Tartu_linnavalitsus, lk 87
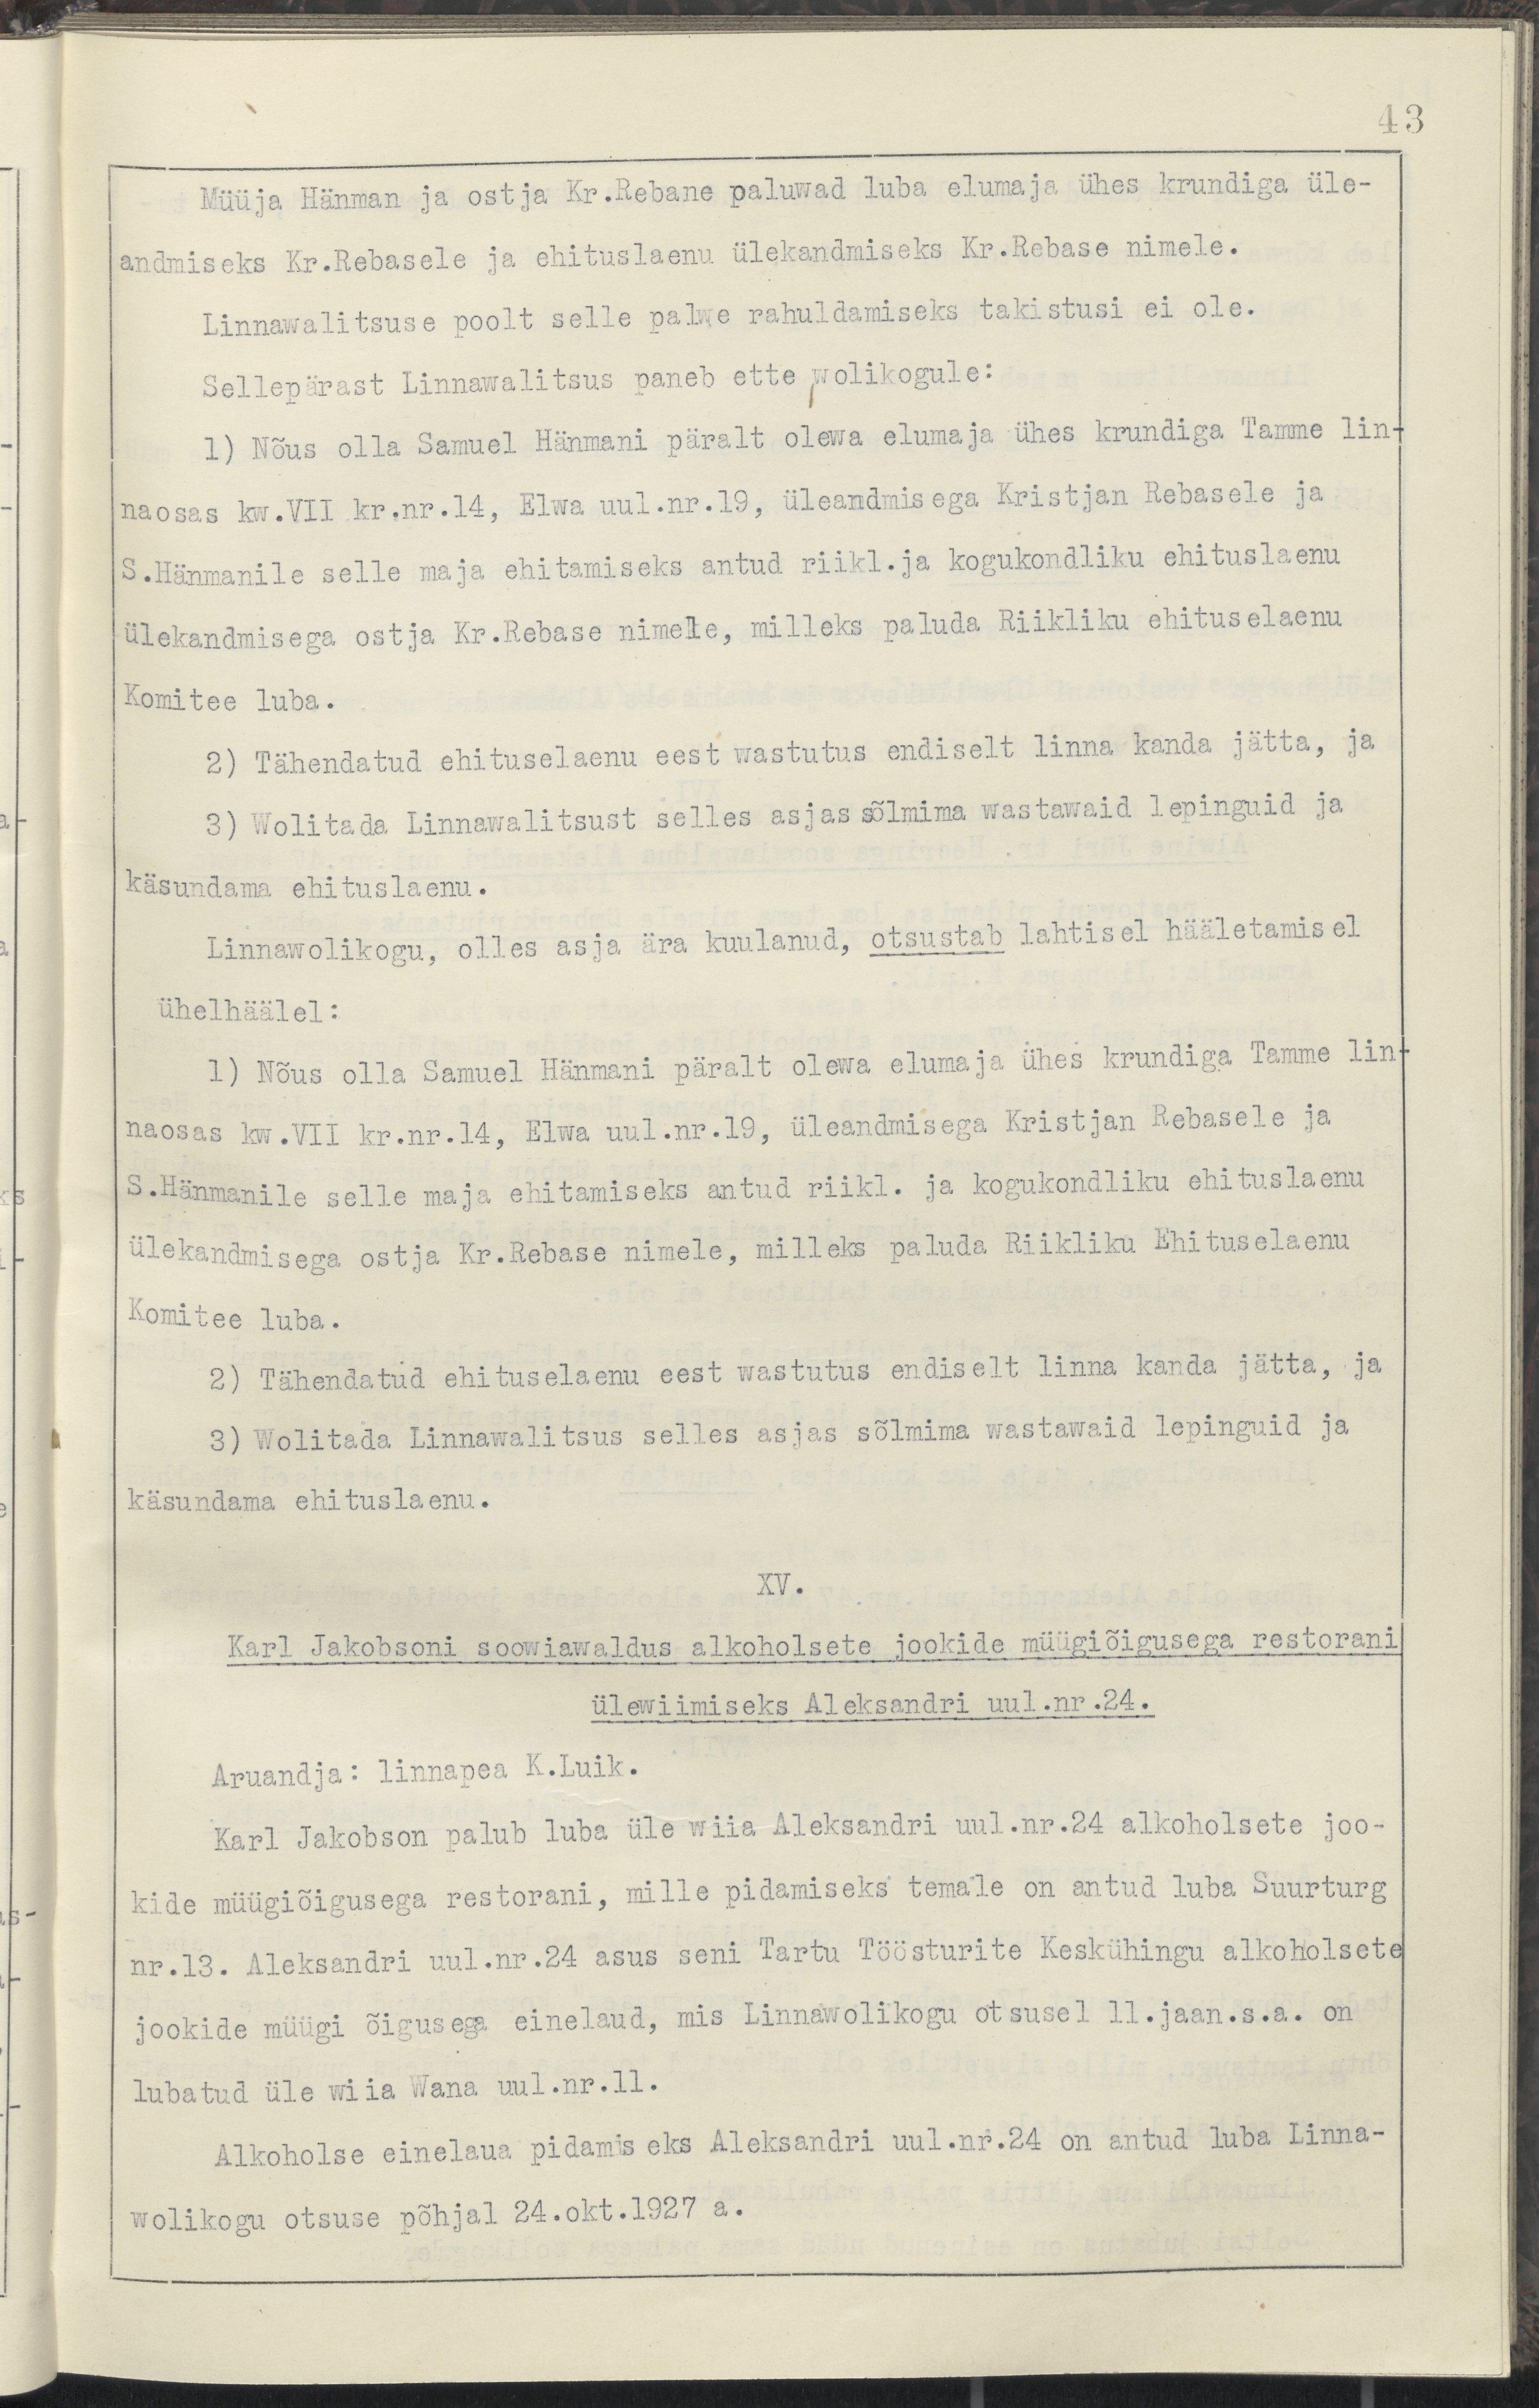
43
Müüja Hänman ja ostja Kr. Rebane paluwad luba elumaja ühes krundiga üle-
andmiseks Kr. Rebasele ja ehituslaenu ülekandmiseks Kr. Rebase nimele.
Linnawalitsuse poolt selle palwe rahuldamiseks takistusi ei ole.
Sellepärast Linnawalitsus paneb ette wolikogule:
1) Nõus olla Samuel Hänmani päralt olewa elumaja ühes krundiga Tamme lin-
naosas kw.VII kr.nr.14, Elwa uul.nr.19, üleandmisega Kristjan Rebasele ja
S. Hänmanile selle maja ehiitamiseks antud riikl.ja kogukondliku ehituslaenu
ülekandmisega ostja Kr. Rebase nimele, milleks paluda Riikliku ehituselaenu
Komitee luba.
2) Tähendatud ehituselaenu eest wastutus endiselt linna kanda jätta, ja
3) Wolitada Linnawalitsust selles asjas sõlmima wastawaid lepinguid ja 
käsundama ehituslaenu. 
Linnawolikogu, olles asja ära kuulanud, otsustab lahtisel hääletamisel
ühelhäälel:
1) Nõus olla Samuel Hänmani päralt olewa elumaja ühes krundiga Tamme lin-
naosas kw.VII kr.nr.14, Elwa uul.nr.19, üleandmisega Kristjan Rebasele ja
S.Hänmanile selle maja ehitamiseks antud riikl. ja kogukondliku ehituslaenu
ülekandmisega osta Kr.Rebase nimele, milleks paluda Riikliku Ehituselaenu 
Komitee luba.
2) Tähendatud ehituselaenu eest wastutus endiselt linna kanda jätta,ja
3) Wolitada Linnawalitsus selles asjas sõlmima wastawaid lepinguid ja
käsundama ehituslaenu.
XV.
Karl Jakobsoni soowiawaldus alkohoolsete jookide müügiõigusega restorani 
ülewiimiseks Aleksandri uul.nr.24.
Aruandja: Linnapea K.Luik.
Karl Jakobson palub luba üle wiia Aleksandri uul.nr.24 alkoholsete joo-
kide müügiõigusega restorani, mille pidamiseks temale on antud luba Suurturg
nr.13. Aleksandri uul.nr.24 asus seni Tartu Töösturite Keskühingu alkohoolsete
jookide müügi õigusega einelaud, mis Linnawolikogu otsusel 11.jaan.s.a. on
lubatud üle wiia Wana uul.nr.11.
Alkoholse einelaua pidamiseks Aleksandri uul.nr.24 on antud luba Linna-
wolikogu otsuse põhjal 24.okt.1927 a.